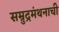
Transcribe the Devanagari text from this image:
सम्रुद्रमंथनाची